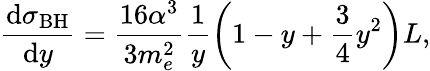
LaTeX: \frac{\mathrm{d}\sigma_{\mathrm{BH}}}{\mathrm{d}y}=\frac{16\alpha^{3}}{3m_{e}^{2}}\frac{1}{y}\left(1-y+\frac{3}{4}y^{2}\right)L,